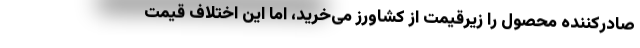
صادرکننده محصول را زیرقیمت از کشاورز می‌خرید، اما این اختلاف قیمت